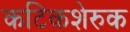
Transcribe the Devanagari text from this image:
कटिकशेरुक